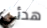
هدئي